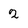
Character: 2